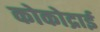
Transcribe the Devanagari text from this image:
कोकोद्राई